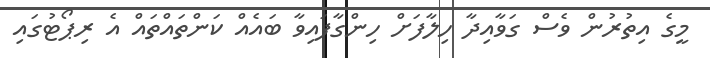
މީގެ އިތުރުން ވެސް ގަވާއިދާ ހިލާފަށް ހިންގާފައިވާ ބައެއް ކަންތައްތައް އެ ރިޕޯޓުގައި